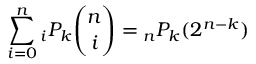
\sum _ { i = 0 } ^ { n } { } _ { i } P _ { k } { \binom { n } { i } } = { } _ { n } P _ { k } ( 2 ^ { n - k } )